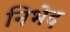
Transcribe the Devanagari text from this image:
निभेद